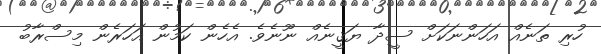
ހުރި ތަނެއް އަހަންނަކަށް ސީދާ ޔަޤީނެއް ނޫނެވެ. އެހެން ކަމުން އަހަރެން މިސްރާބު